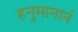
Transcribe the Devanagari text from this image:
हनुमानानं